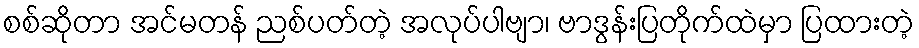
စစ်ဆိုတာ အင်မတန် ညစ်ပတ်တဲ့ အလုပ်ပါဗျာ၊ ဗာဒွန်းပြတိုက်ထဲမှာ ပြထားတဲ့